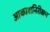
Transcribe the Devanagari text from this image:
आकाशनिरीक्षण